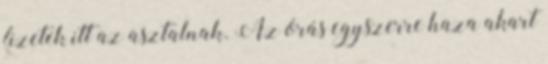
fizetek itt az asztalnak. Az órás egyszerre haza akart